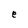
Character: e